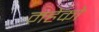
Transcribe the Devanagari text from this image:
महेको